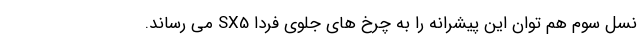
نسل سوم هم توان این پیشرانه را به چرخ های جلوی فردا SX5 می رساند.